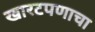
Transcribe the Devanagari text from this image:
खारटपणाचा